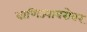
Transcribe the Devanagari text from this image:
वाणिज्याबरोबर